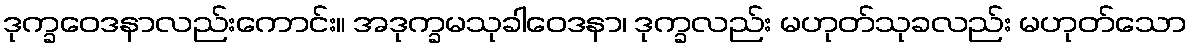
ဒုက္ခဝေဒနာလည်းကောင်း။ အဒုက္ခမသုခါဝေဒနာ၊ ဒုက္ခလည်း မဟုတ်သုခလည်း မဟုတ်သော